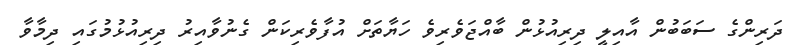
ދަރިންގެ ސަބަބުން އާއިލީ ދިރިއުޅުން ބާއްޖަވެރިވެ ހަޔާތަށް އުފާވެރިކަން ގެނުވާއިރު ދިރިއުޅުމުގައި ދިމާވާ